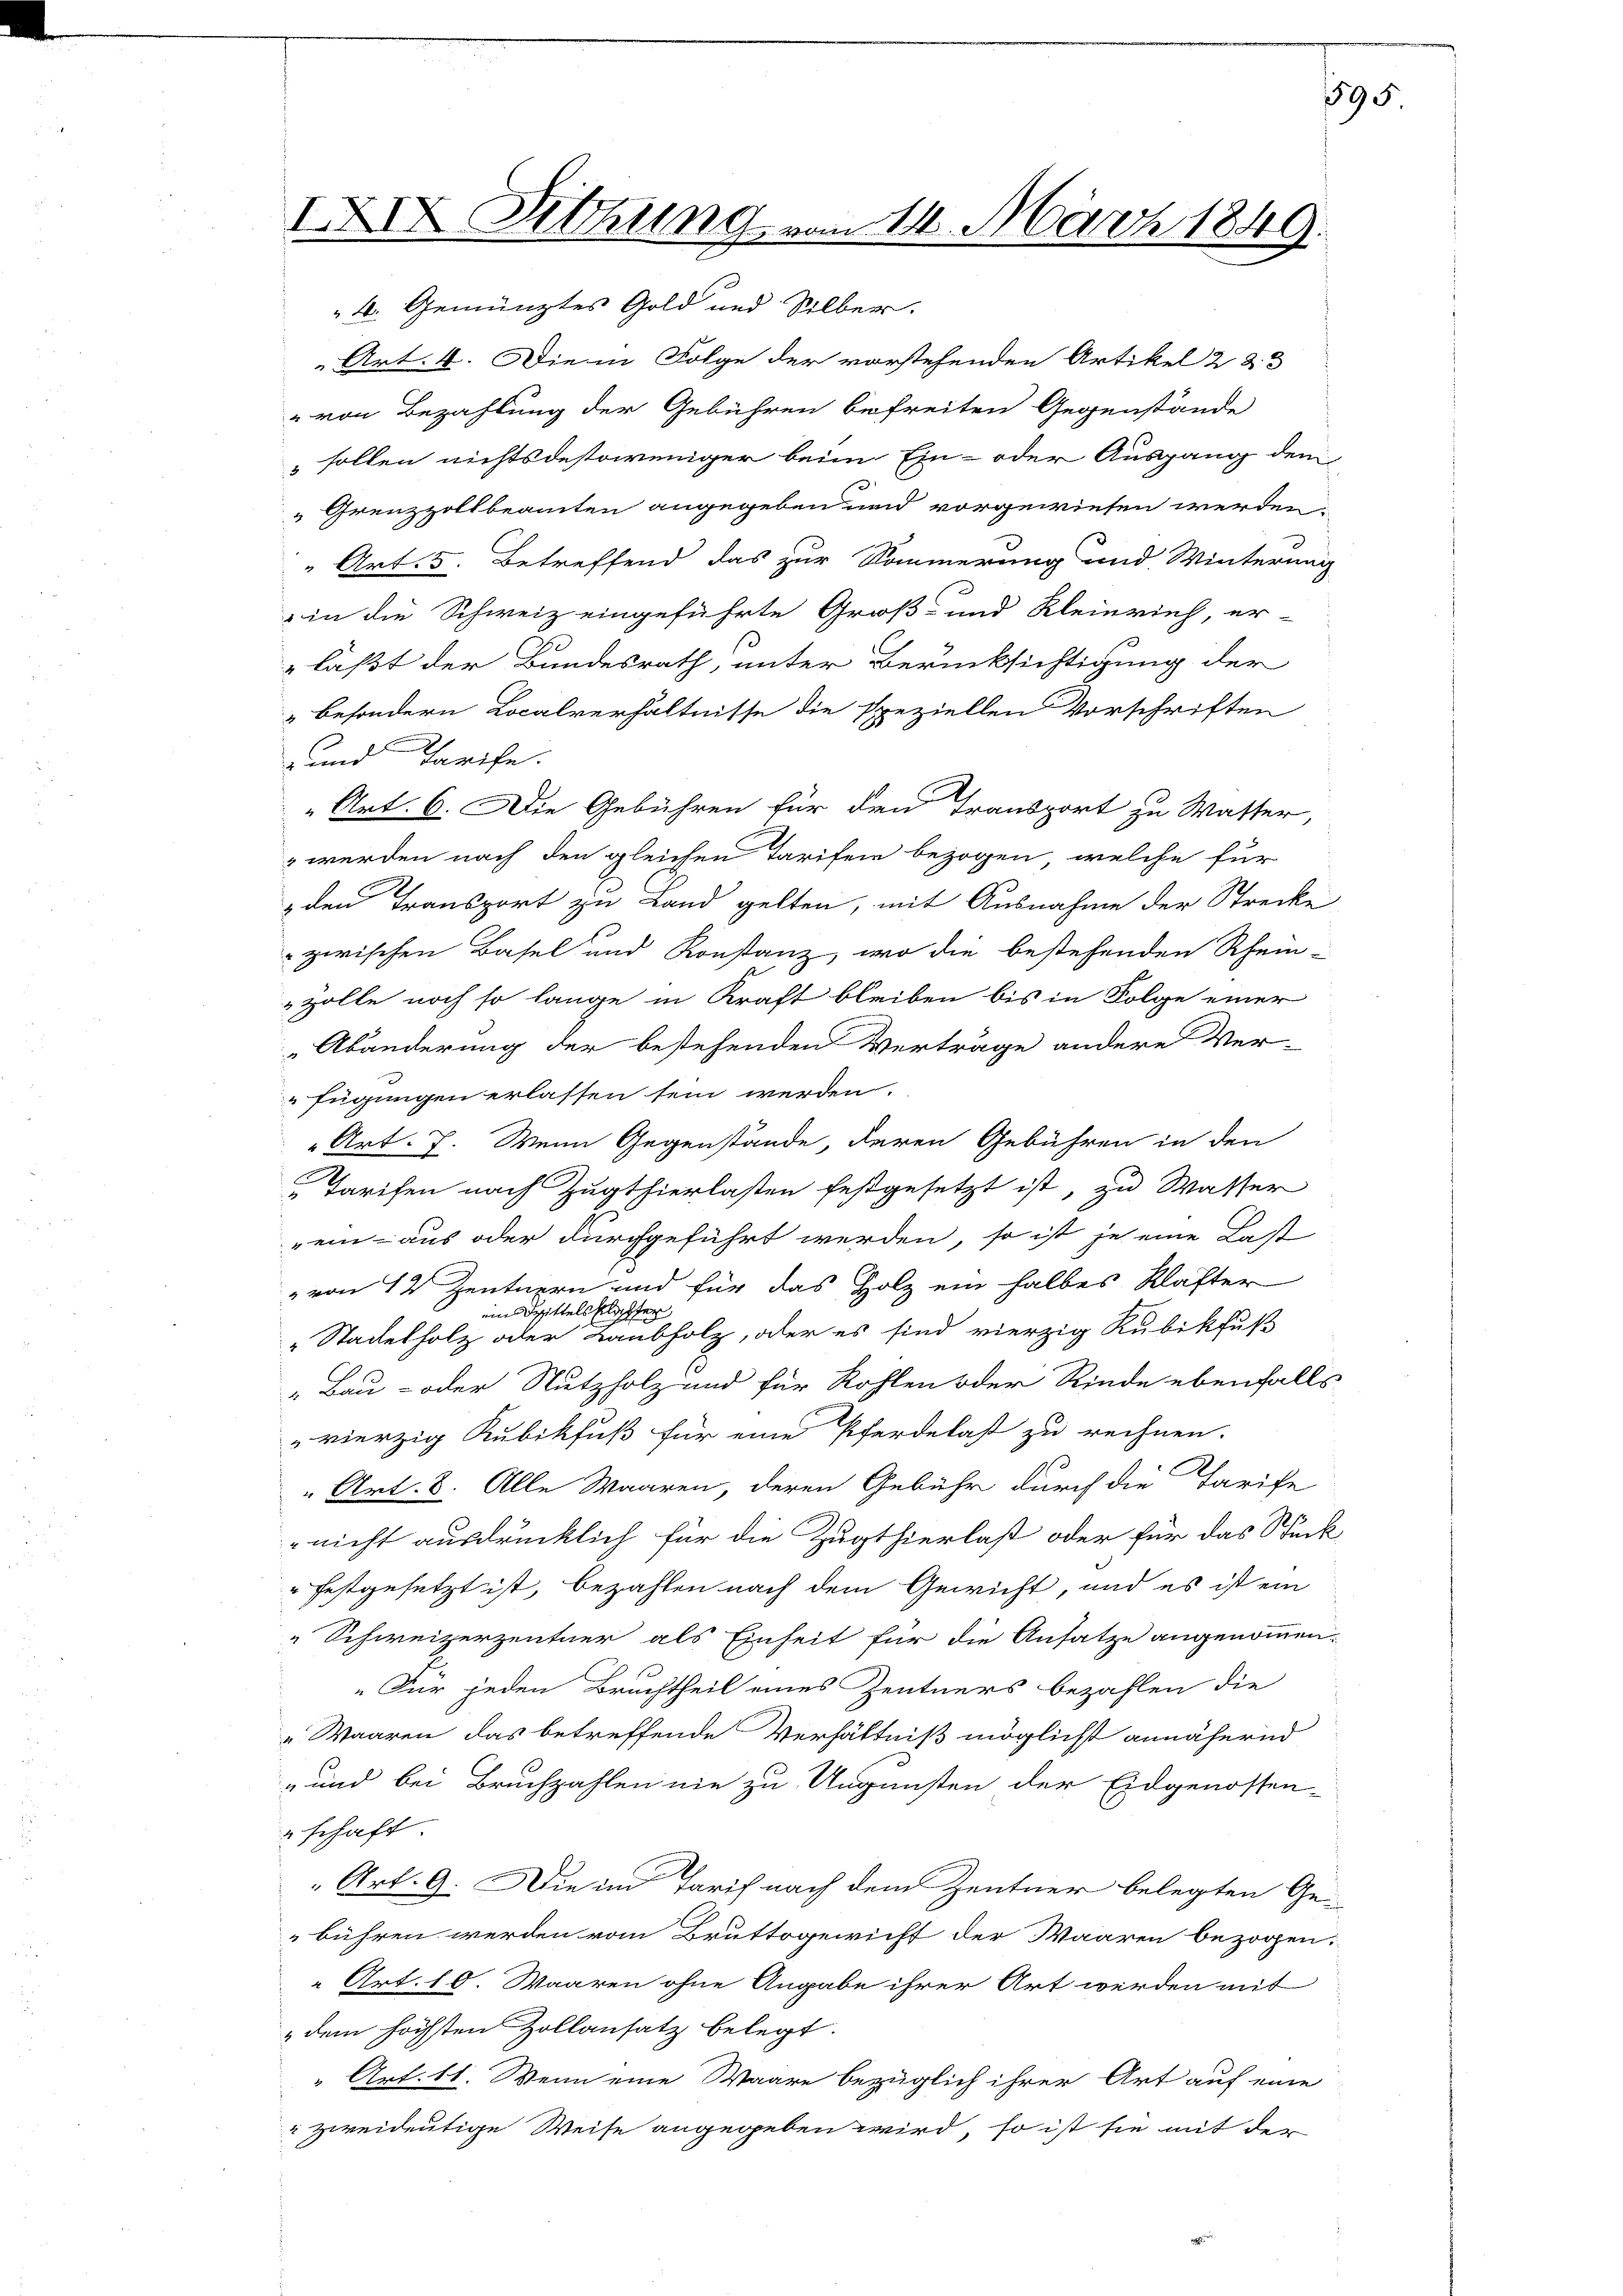
IXIX Sitzung vom 14. März 1849.

4. Gemünztes Gold und Silber.
Art. 4. Die in Folge der vorstehenden Artikel 233
" von Bezahlung der Gebühren befreiten Gegenstände
 sollen nichtsdestoweniger beim Ein- oder Ausgang dem
" Grenzzollbeamten angegeben und vorgewiesen werden.
“ Art. 5. Betreffend das zur Sommerung und Winterung
" in die Schweiz eingeführte Groß- und Kleinrief, er-
läßt der Bundesrath, unter Berücksichtigung der
2 besondern Localverhältnisse die speziellen Vorschriften
-und Tarife.
Art. 6. Die Gebühren für den Transport zu Watter,
 werden nach den gleichen Tarifen bezogen, welche für
den Transport zu Land gelten, mit Ausnahme der Strecke
zerischen Basel und Konstanz, wo die bestehenden Rhein-
zolle noch so lange in Kraft bleiben bis in Folge einer
Abänderung der bestehenden Verträge andere Ver-
fügungen erlassen sein werden.
Art. 7. Wenn Gegenstände, deren Gebühren in den
Tarifen nach Zugthierlasten festgesetzt ist, zu Wasser
"ein aus oder durchgeführt werden, so ist je eine Last
„von 12 Zentnern und für das Holz ein halbes Klafter
iin Mittelsklaster
" Stadelholz oder Laubholz, oder es sind vierzig Kubikfuß
„Bau- oder Nutzholz und für Rohlen oder Rinde ebenfalls
vierzig Kubikfuß für eine Pferdelast zu rechnen.
" Art. 8. Alle Waaren, deren Gebühr durch die Tarife
nicht ausdrücklich für die Zugthierlast oder für das Stück
" festgesetzt ist, bezahlen nach dem Gewicht, und es ist ein
„Schweizerzentner als Einheit für die Ansatze angenommen.
„Für jeden Bruchtheil eines Zentners bezahlen die
„Waaren das betreffende Verhältniß möglichst annähernd
und bei Bruchzahlen nie zu Ungunsten der Eidgenossen-
schaft
Art. 9. Die im Tarif nach dem Zentner belegten Ge-
bühren werden vom Bruttogewicht der Waaren bezogen:
Art. 10. Waaren ohne Angabe ihrer Art werden mit
" dem höchsten Zollansatz belegt.
“ Art. 11. Wenn eine Waare bezüglich ihrer Art auf eine
" zweideutige Weise angegeben wird, so ist sie mit der

595.